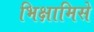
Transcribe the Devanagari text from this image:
भिक्षामिसे